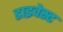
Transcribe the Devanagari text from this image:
डाइवेस्ट